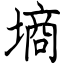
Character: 墒